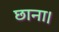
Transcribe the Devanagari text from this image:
छाना।